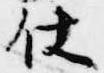
杖